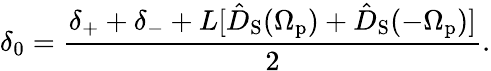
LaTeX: \delta_{0}=\frac{\delta_{+}+\delta_{-}+L[\hat{D}_{\mathrm{S}}(\Omega_{\mathrm{p}})+\hat{D}_{\mathrm{S}}(-\Omega_{\mathrm{p}})]}{2}.